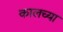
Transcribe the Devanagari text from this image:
कालच्या